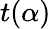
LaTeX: t(\alpha)